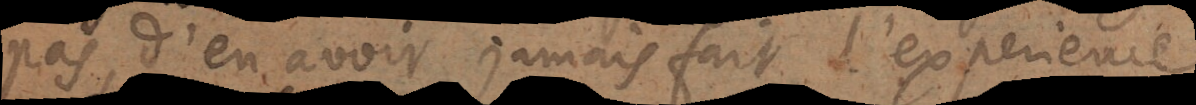
pas, d’en avoir jamais fait l’experience.